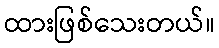
ထားဖြစ်သေးတယ်။